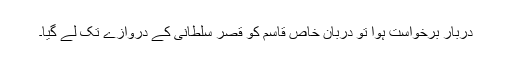
دربار برخواست ہوا تو دربان خاص قاسم کو قصر سلطانی کے دروازے تک لے گیا۔